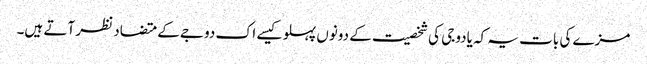
مزے کی بات یہ کہ یادوجی کی شخصیت کے دونوں پہلو کیسے اک دوجے کے متضاد نظر آتے ہیں۔